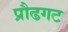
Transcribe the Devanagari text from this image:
प्रौढगट